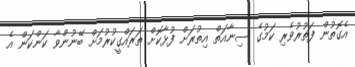
އެގޮތުން ފަތުރުވެރި ކަމުގެ ސިނާއަތް އިތުރަށް ފުޅާކޮށް ތަރައްގީކުރުމަށް ބޭނުންވާ ކަންކަން އެ